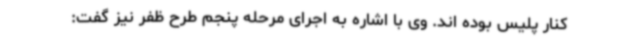
کنار پلیس بوده اند. وی با اشاره به اجرای مرحله پنجم طرح ظفر نیز گفت: